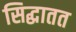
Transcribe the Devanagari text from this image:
सिद्धातत